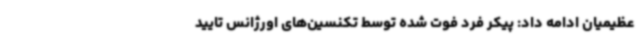
عظیمیان ادامه داد: پیکر فرد فوت شده توسط تکنسین‌های اورژانس تایید